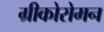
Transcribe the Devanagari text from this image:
ग्रीकोरोमन